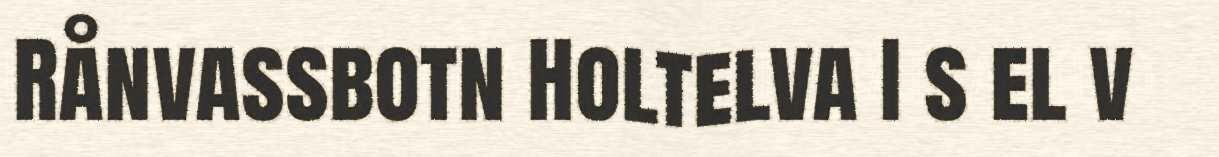
Rånvassbotn Holtelva I s el v